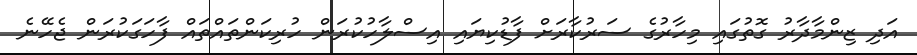
އަދި ޒިންމާދާރު ގޮތުގައި މިހާރުގެ ސަރުކާރަށް ފާޑުކިޔައި އިސްލާހުކުރަން ހުރިކަންތައްތައް ފާހަގަކުރަން ޖެހޭނެ